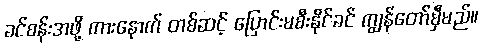
ခင်စန်းအဖို့ ကားနောက် တစ်ဆင့် ပြောင်းမစီးနိုင်ခင် ကျွန်တော်မှီမည်။